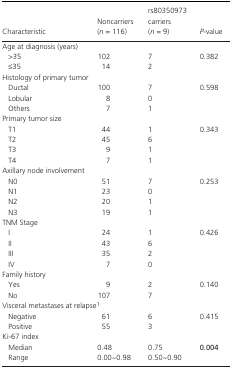
<table><thead><tr><td><b>Characteristic</b></td><td><b>Noncarriers (<i>n</i> = 116) </b></td><td><b>rs80350973 carriers (<i>n</i> = 9)</b></td><td><b><i>P</i>‐value</b></td></tr></thead><tbody><tr><td colspan="4">Age at diagnosis (years)</td></tr><tr><td>&gt;35</td><td>102</td><td>7</td><td>0.382</td></tr><tr><td>≤35</td><td>14</td><td>2</td><td></td></tr><tr><td colspan="4">Histology of primary tumor</td></tr><tr><td>Ductal</td><td>100</td><td>7</td><td>0.598</td></tr><tr><td>Lobular</td><td>8</td><td>0</td><td></td></tr><tr><td>Others</td><td>7</td><td>1</td><td></td></tr><tr><td colspan="4">Primary tumor size</td></tr><tr><td>T1</td><td>44</td><td>1</td><td>0.343</td></tr><tr><td>T2</td><td>45</td><td>6</td><td></td></tr><tr><td>T3</td><td>9</td><td>1</td><td></td></tr><tr><td>T4</td><td>7</td><td>1</td><td></td></tr><tr><td colspan="4">Axillary node involvement</td></tr><tr><td>N0</td><td>51</td><td>7</td><td>0.253</td></tr><tr><td>N1</td><td>23</td><td>0</td><td></td></tr><tr><td>N2</td><td>20</td><td>1</td><td></td></tr><tr><td>N3</td><td>19</td><td>1</td><td></td></tr><tr><td colspan="4">TNM Stage</td></tr><tr><td>I</td><td>24</td><td>1</td><td>0.426</td></tr><tr><td>II</td><td>43</td><td>6</td><td></td></tr><tr><td>III</td><td>35</td><td>2</td><td></td></tr><tr><td>IV</td><td>7</td><td>0</td><td></td></tr><tr><td colspan="4">Family history</td></tr><tr><td>Yes</td><td>9</td><td>2</td><td>0.140</td></tr><tr><td>No</td><td>107</td><td>7</td><td></td></tr><tr><td colspan="4">Visceral metastases at relapsea</td></tr><tr><td>Negative</td><td>61</td><td>6</td><td>0.415</td></tr><tr><td>Positive</td><td>55</td><td>3</td><td></td></tr><tr><td colspan="4">Ki‐67 index</td></tr><tr><td>Median</td><td>0.48</td><td>0.75</td><td><b>0.004</b></td></tr><tr><td>Range</td><td>0.00~0.98</td><td>0.50~0.90</td><td></td></tr></tbody></table>